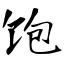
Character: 饱